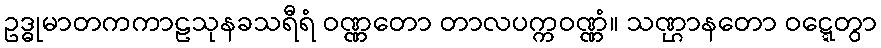
ဥဒ္ဓုမာတကကာဠသုနခသရီရံ ဝဏ္ဏတော တာလပက္ကဝဏ္ဏံ။ သဏ္ဌာနတော ဝဋ္ဋေတွာ